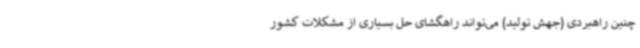
چنین راهبردی (جهش تولید) می‌تواند راهگشای حل بسیاری از مشکلات کشور